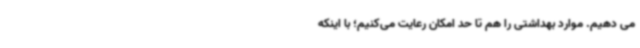
می دهیم. موارد بهداشتی را هم تا حد امکان رعایت می‌کنیم؛ با اینکه